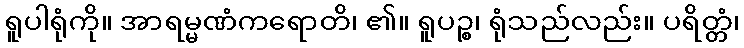
ရူပါရုံကို။ အာရမ္မဏံကရောတိ၊ ၏။ ရူပဉ္စ၊ ရုံသည်လည်း။ ပရိတ္တံ၊